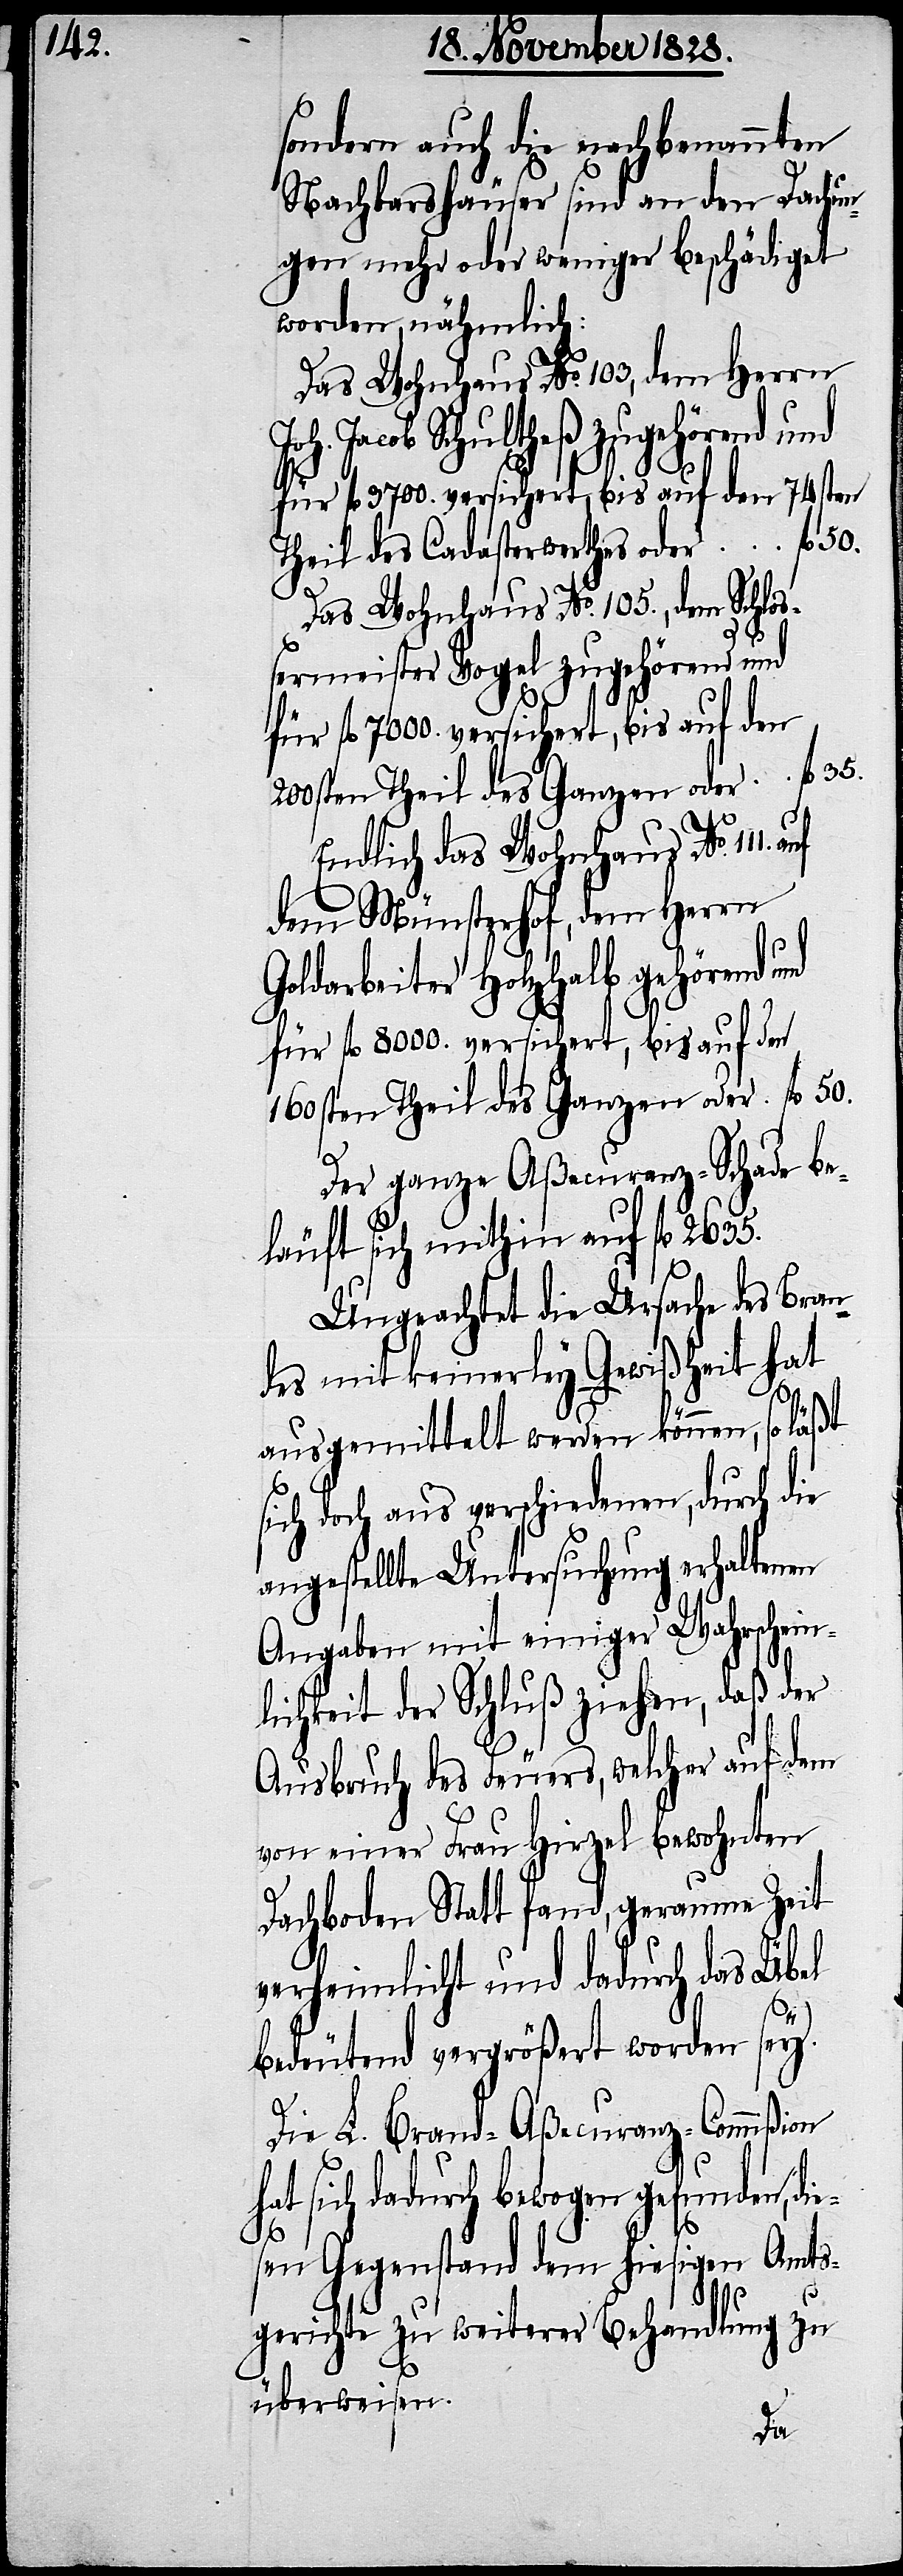
sondern auch die nachbenannten
Nachbarshäuser sind an den Dachun¬
gen mehr oder weniger beschädiget
worden, nähmlich:
Das Wohnhaus No. 103, dem Herrn
Jacob Schultheß zugehörend und
für fl. 3700. versichert, bis auf den 74sten
Theil des Cadasterwerthes oder			fl. 50.
Das Wohnhaus No. 105., dem Schloß¬
ermeister Vogel zugehörend und
160sten Theil des Ganzen oder		fl. 50.
Endlich das Wohnhaus No. 111.
dem Münsterhof, dem Herrn
Goldarbeiter Holzhalb gehörend
für fl. 8000. versichert, bis auf den
Der ganze Aßecuranz-Schade be¬
läuft sich mithin auf fl. 2635.
Ungeachtet die Ursache des Bran¬
des mit keinerley Gewißheit hat
ausgemittelt werden können, so läßt
sich doch aus verschiedenen, durch die
angestellte Untersuchung erhaltenen
Angaben mit einiger Wahrschein¬
lichkeit der Schluß ziehen, daß der
Ausbruch des Feuers, welcher auf dem
von einer Frau Hirzel bewohnten
Dachboden Statt fand, geraume Zeit
verheimlicht und dadurch das Übel
bedeutend vergrößert worden sey.
Die L. Brand-Aßecuranz-Commißion
sich dadurch bewogen gefunden, di¬
sen Gegenstand dem hiesigen Amts¬
35.
e¬
gerichte zu weiterer Behandlung zu
überweisen.